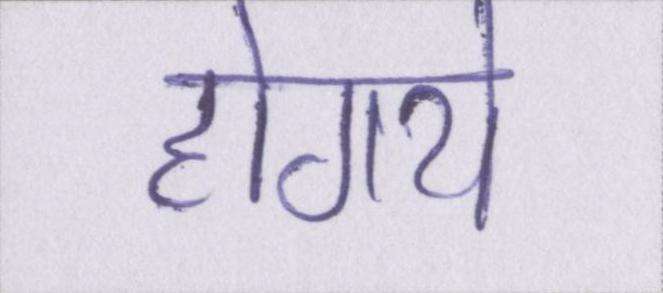
होगये